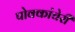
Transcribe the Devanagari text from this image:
पोक्कांचेरी